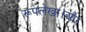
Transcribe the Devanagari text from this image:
रूपलेखा।और